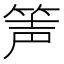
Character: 𥭺